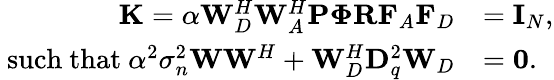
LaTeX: \begin{array}{rl}{\mathbf{K}=\alpha\mathbf{W}_{D}^{H}\mathbf{W}_{A}^{H}\mathbf{P}\mathbf{\Phi}\mathbf{R}\mathbf{F}_{A}\mathbf{F}_{D}}&{=\mathbf{I}_{N},}\\ {\mathrm{~such~that~}\alpha^{2}\sigma_{n}^{2}\mathbf{W}\mathbf{W}^{H}+\mathbf{W}_{D}^{H}\mathbf{D}_{q}^{2}\mathbf{W}_{D}}&{=\mathbf{0}.}\end{array}